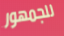
للجمهور